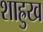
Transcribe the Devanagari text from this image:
शाह्रुख